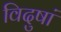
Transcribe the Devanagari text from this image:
विदुषां